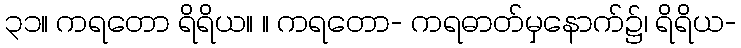
၃၁။ ကရတော ရိရိယ။ ။ ကရတော- ကရဓာတ်မှနောက်၌၊ ရိရိယ-